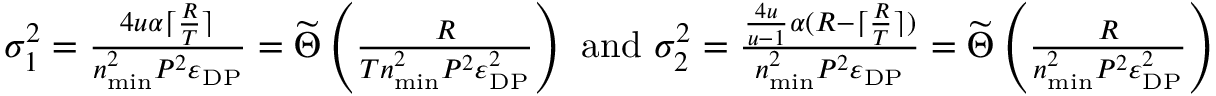
\begin{array} { r } { \sigma _ { 1 } ^ { 2 } = \frac { 4 u \alpha \lceil \frac { R } { T } \rceil } { n _ { \mathrm { m i n } } ^ { 2 } P ^ { 2 } \varepsilon _ { \mathrm { D P } } } = \widetilde \Theta \left( \frac { R } { T n _ { \mathrm { m i n } } ^ { 2 } P ^ { 2 } \varepsilon _ { \mathrm { D P } } ^ { 2 } } \right) \mathrm { ~ a n d ~ } \sigma _ { 2 } ^ { 2 } = \frac { \frac { 4 u } { u - 1 } \alpha ( R - \lceil \frac { R } { T } \rceil ) } { n _ { \mathrm { m i n } } ^ { 2 } P ^ { 2 } \varepsilon _ { \mathrm { D P } } } = \widetilde \Theta \left( \frac { R } { n _ { \mathrm { m i n } } ^ { 2 } P ^ { 2 } \varepsilon _ { \mathrm { D P } } ^ { 2 } } \right) } \end{array}